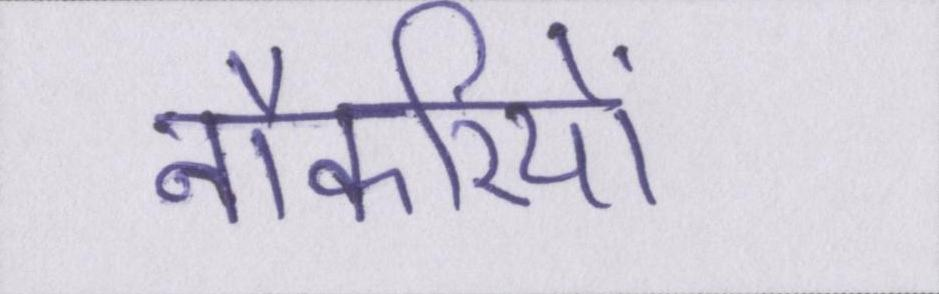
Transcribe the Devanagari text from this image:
नौकरियों